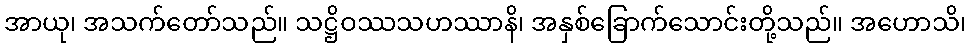
အာယု၊ အသက်တော်သည်။ သဋ္ဌိဝဿသဟဿာနိ၊ အနှစ်ခြောက်သောင်းတို့သည်။ အဟောသိ၊